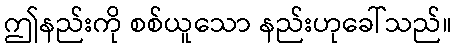
ဤနည်းကို စစ်ယူသော နည်းဟုခေါ်သည်။